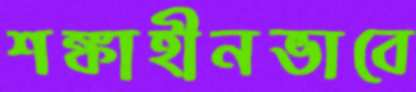
শঙ্কাহীনভাবে